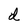
Character: d